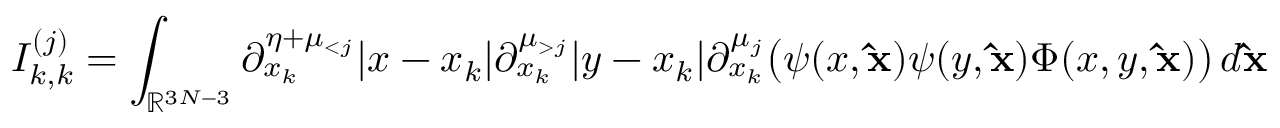
I _ { k , k } ^ { ( j ) } = \int _ { \mathbb { R } ^ { 3 N - 3 } } \partial _ { x _ { k } } ^ { \eta + \mu _ { < j } } | x - x _ { k } | \partial _ { x _ { k } } ^ { \mu _ { > j } } | y - x _ { k } | \partial _ { x _ { k } } ^ { \mu _ { j } } \big ( \psi ( x , \mathbf { \hat { x } } ) \psi ( y , \mathbf { \hat { x } } ) \Phi ( x , y , \mathbf { \hat { x } } ) \big ) \, d \mathbf { \hat { x } }